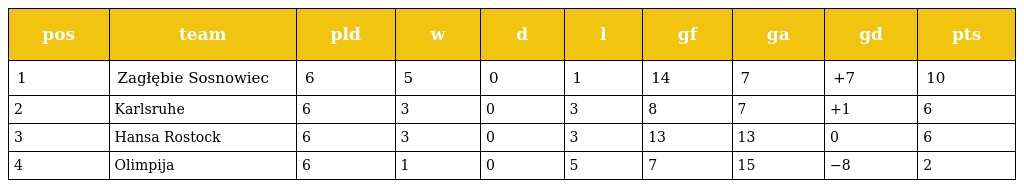
| pos | team | pld | w | d | l | gf | ga | gd | pts |
 | --- | --- | --- | --- | --- | --- | --- | --- | --- | --- |
 | 1 | Zagłębie Sosnowiec | 6 | 5 | 0 | 1 | 14 | 7 | +7 | 10 |
 | 2 | Karlsruhe | 6 | 3 | 0 | 3 | 8 | 7 | +1 | 6 |
 | 3 | Hansa Rostock | 6 | 3 | 0 | 3 | 13 | 13 | 0 | 6 |
 | 4 | Olimpija | 6 | 1 | 0 | 5 | 7 | 15 | −8 | 2 |